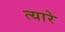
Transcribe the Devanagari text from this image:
त्यारे